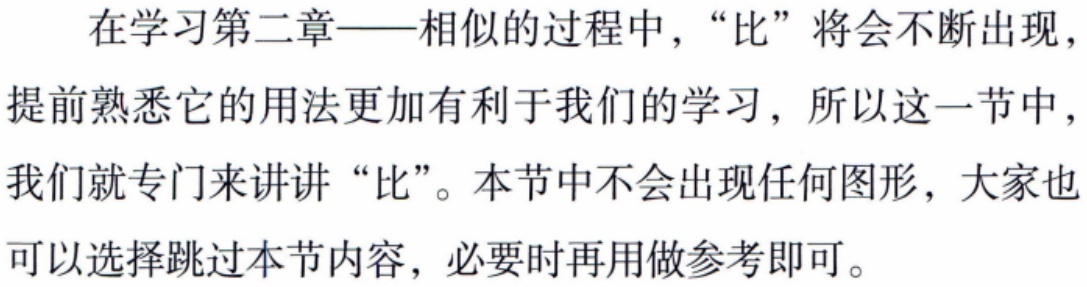
在学习第二章——相似的过程中，“比”将会不断出现，提前熟悉它的用法更加有利于我们的学习，所以这一节中，我们就专门来讲讲“比”。本节中不会出现任何图形，大家也可以选择跳过本节内容，必要时再用做参考即可。